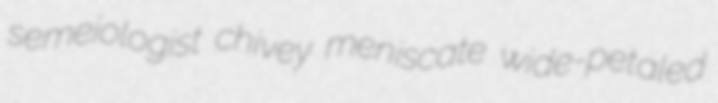
semeiologist chivey meniscate wide-petaled